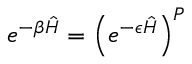
e ^ { - \beta \hat { H } } = \left( e ^ { - \epsilon \hat { H } } \right) ^ { P }